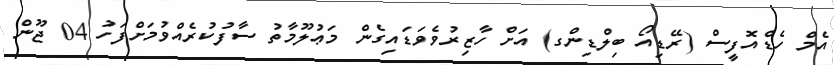
އެމް ހެޑްއޮފީސް (ރޭޑިއޯ ބިލްޑިންގ) އަށް ހާޒިރުވެވަޑައިގެން މަޢުލޫމާތު ސާފުކުރެއްވުމަށްފަހު 04 ޖޫން